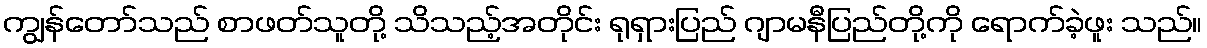
ကျွန်တော်သည် စာဖတ်သူတို့ သိသည့်အတိုင်း ရုရှားပြည် ဂျာမနီပြည်တို့ကို ရောက်ခဲ့ဖူး သည်။